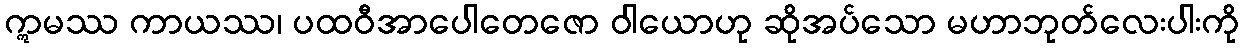
ဣမဿ ကာယဿ၊ ပထဝီအာပေါတေဇော ဝါယောဟု ဆိုအပ်သော မဟာဘုတ်လေးပါးကို